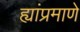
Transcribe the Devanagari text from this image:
ह्यांप्रमाणे